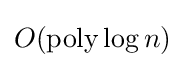
O({\text{poly}}\log n)